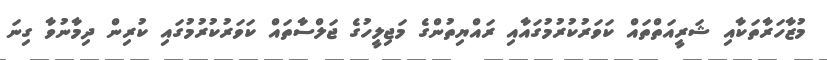
މުޒާހަރާތަކާއި ޝަރީއަތްތައް ކަވަރުކުރުމުގައާއި ރައްޔިތުންގެ މަޖިލީހުގެ ޖަލްސާތައް ކަވަރުކުރުމުގައި ކުރިން ދިމާނުވާ ގިނަ